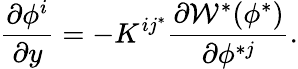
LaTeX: {\frac{\partial\phi^{i}}{\partial y}}=-K^{ij^{*}}\frac{\partial{\cal W}^{*}(\phi^{*})}{\partial\phi^{*j}}.